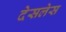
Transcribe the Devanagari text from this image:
देसलेस